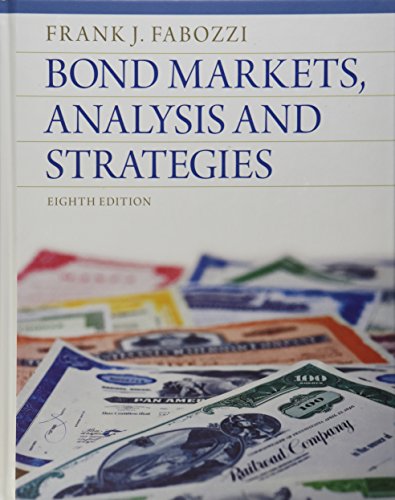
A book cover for Bond Markets, Analysis and Strategies (8th Edition); Frank J. Fabozzi; Business & Money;